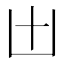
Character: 𠙷